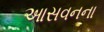
આસવનના